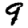
Digit: 9